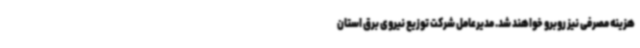
هزینه مصرفی نیز روبرو خواهند شد. مدیرعامل شرکت توزیع نیروی برق استان